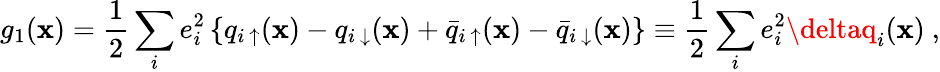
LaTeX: g_{1}(\mathbf{x})=\frac{{1}}{{2}}\sum_{i}e_{i}^{2}\left\{ q_{i~\uparrow}(\mathbf{x})-q_{i~\downarrow}(\mathbf{x})+\bar{{q}}_{i~\uparrow}(\mathbf{x})-\bar{{q}}_{i~\downarrow}(\mathbf{x})\right\} \equiv\frac{{1}}{{2}}\sum_{i}e_{i}^{2}\deltaq_{i}(\mathbf{x})~,